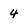
Character: 4